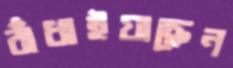
বাঁধাইয়াছেন